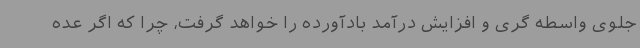
جلوی واسطه گری و افزایش درآمد بادآورده را خواهد گرفت، چرا که اگر عده